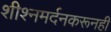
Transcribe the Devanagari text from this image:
शीश्नमर्दनकरूनही